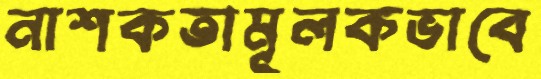
নাশকতামূলকভাবে